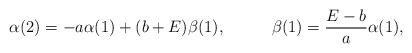
LaTeX: \begin{align*}\alpha(2) &= - a \alpha(1) + (b + E) \beta(1), &\beta(1) &= \frac{E - b}{a} \alpha(1), &\end{align*}